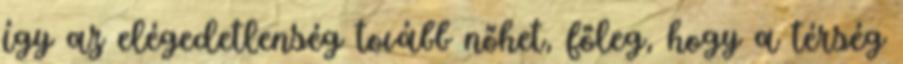
így az elégedetlenség tovább nőhet, főleg, hogy a térség